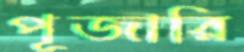
পূজারি